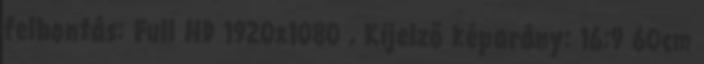
felbontás: Full HD 1920x1080 , Kijelző képarány: 16:9 60cm